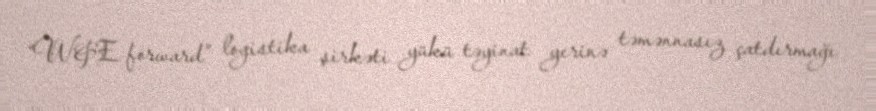
“W&E forward” logistika şirkəti yükü təyinat yerinə təmənnasız çatdırmağı